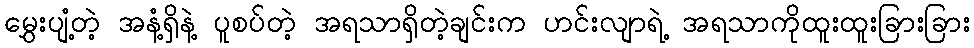
မွှေးပျံ့တဲ့ အနံ့ရှိနဲ့ ပူစပ်တဲ့ အရသာရှိတဲ့ချင်းက ဟင်းလျာရဲ့ အရသာကိုထူးထူးခြားခြား